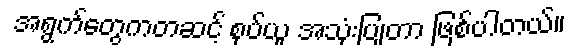
အရွက်တွေကတဆင့် စုပ်ယူ အသုံးပြုတာ ဖြစ်ပါတယ်။